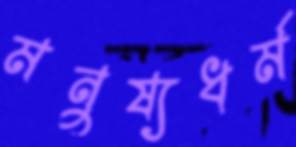
মনুষ্যধর্ম